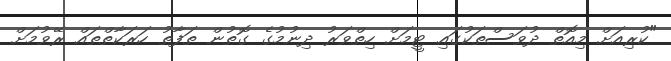
"ކުރިއަށް މިއޮތް ދުވަސްތަކުގައި ޓީމަށް ހިތްވަރު ދިނުމުގެ ގޮތުން ތަފާތު ހަރަކާތްތައް ރޭވުމަށް